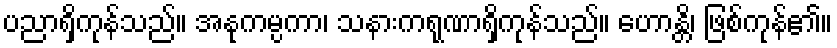
ပညာရှိကုန်သည်။ အနုကမ္ပကာ၊ သနားကရုဏာရှိကုန်သည်။ ဟောန္တိ၊ ဖြစ်ကုန်၏။